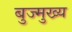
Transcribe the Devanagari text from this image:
बुज्मुख्य